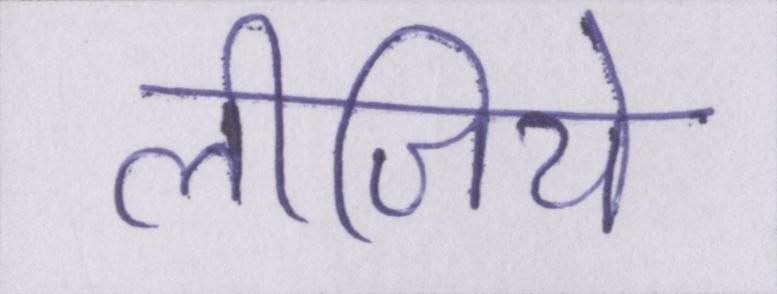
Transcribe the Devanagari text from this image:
लीजिये